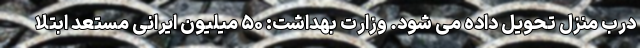
درب منزل تحویل داده می شود. وزارت بهداشت: ۵۰ میلیون ایرانی مستعد ابتلا